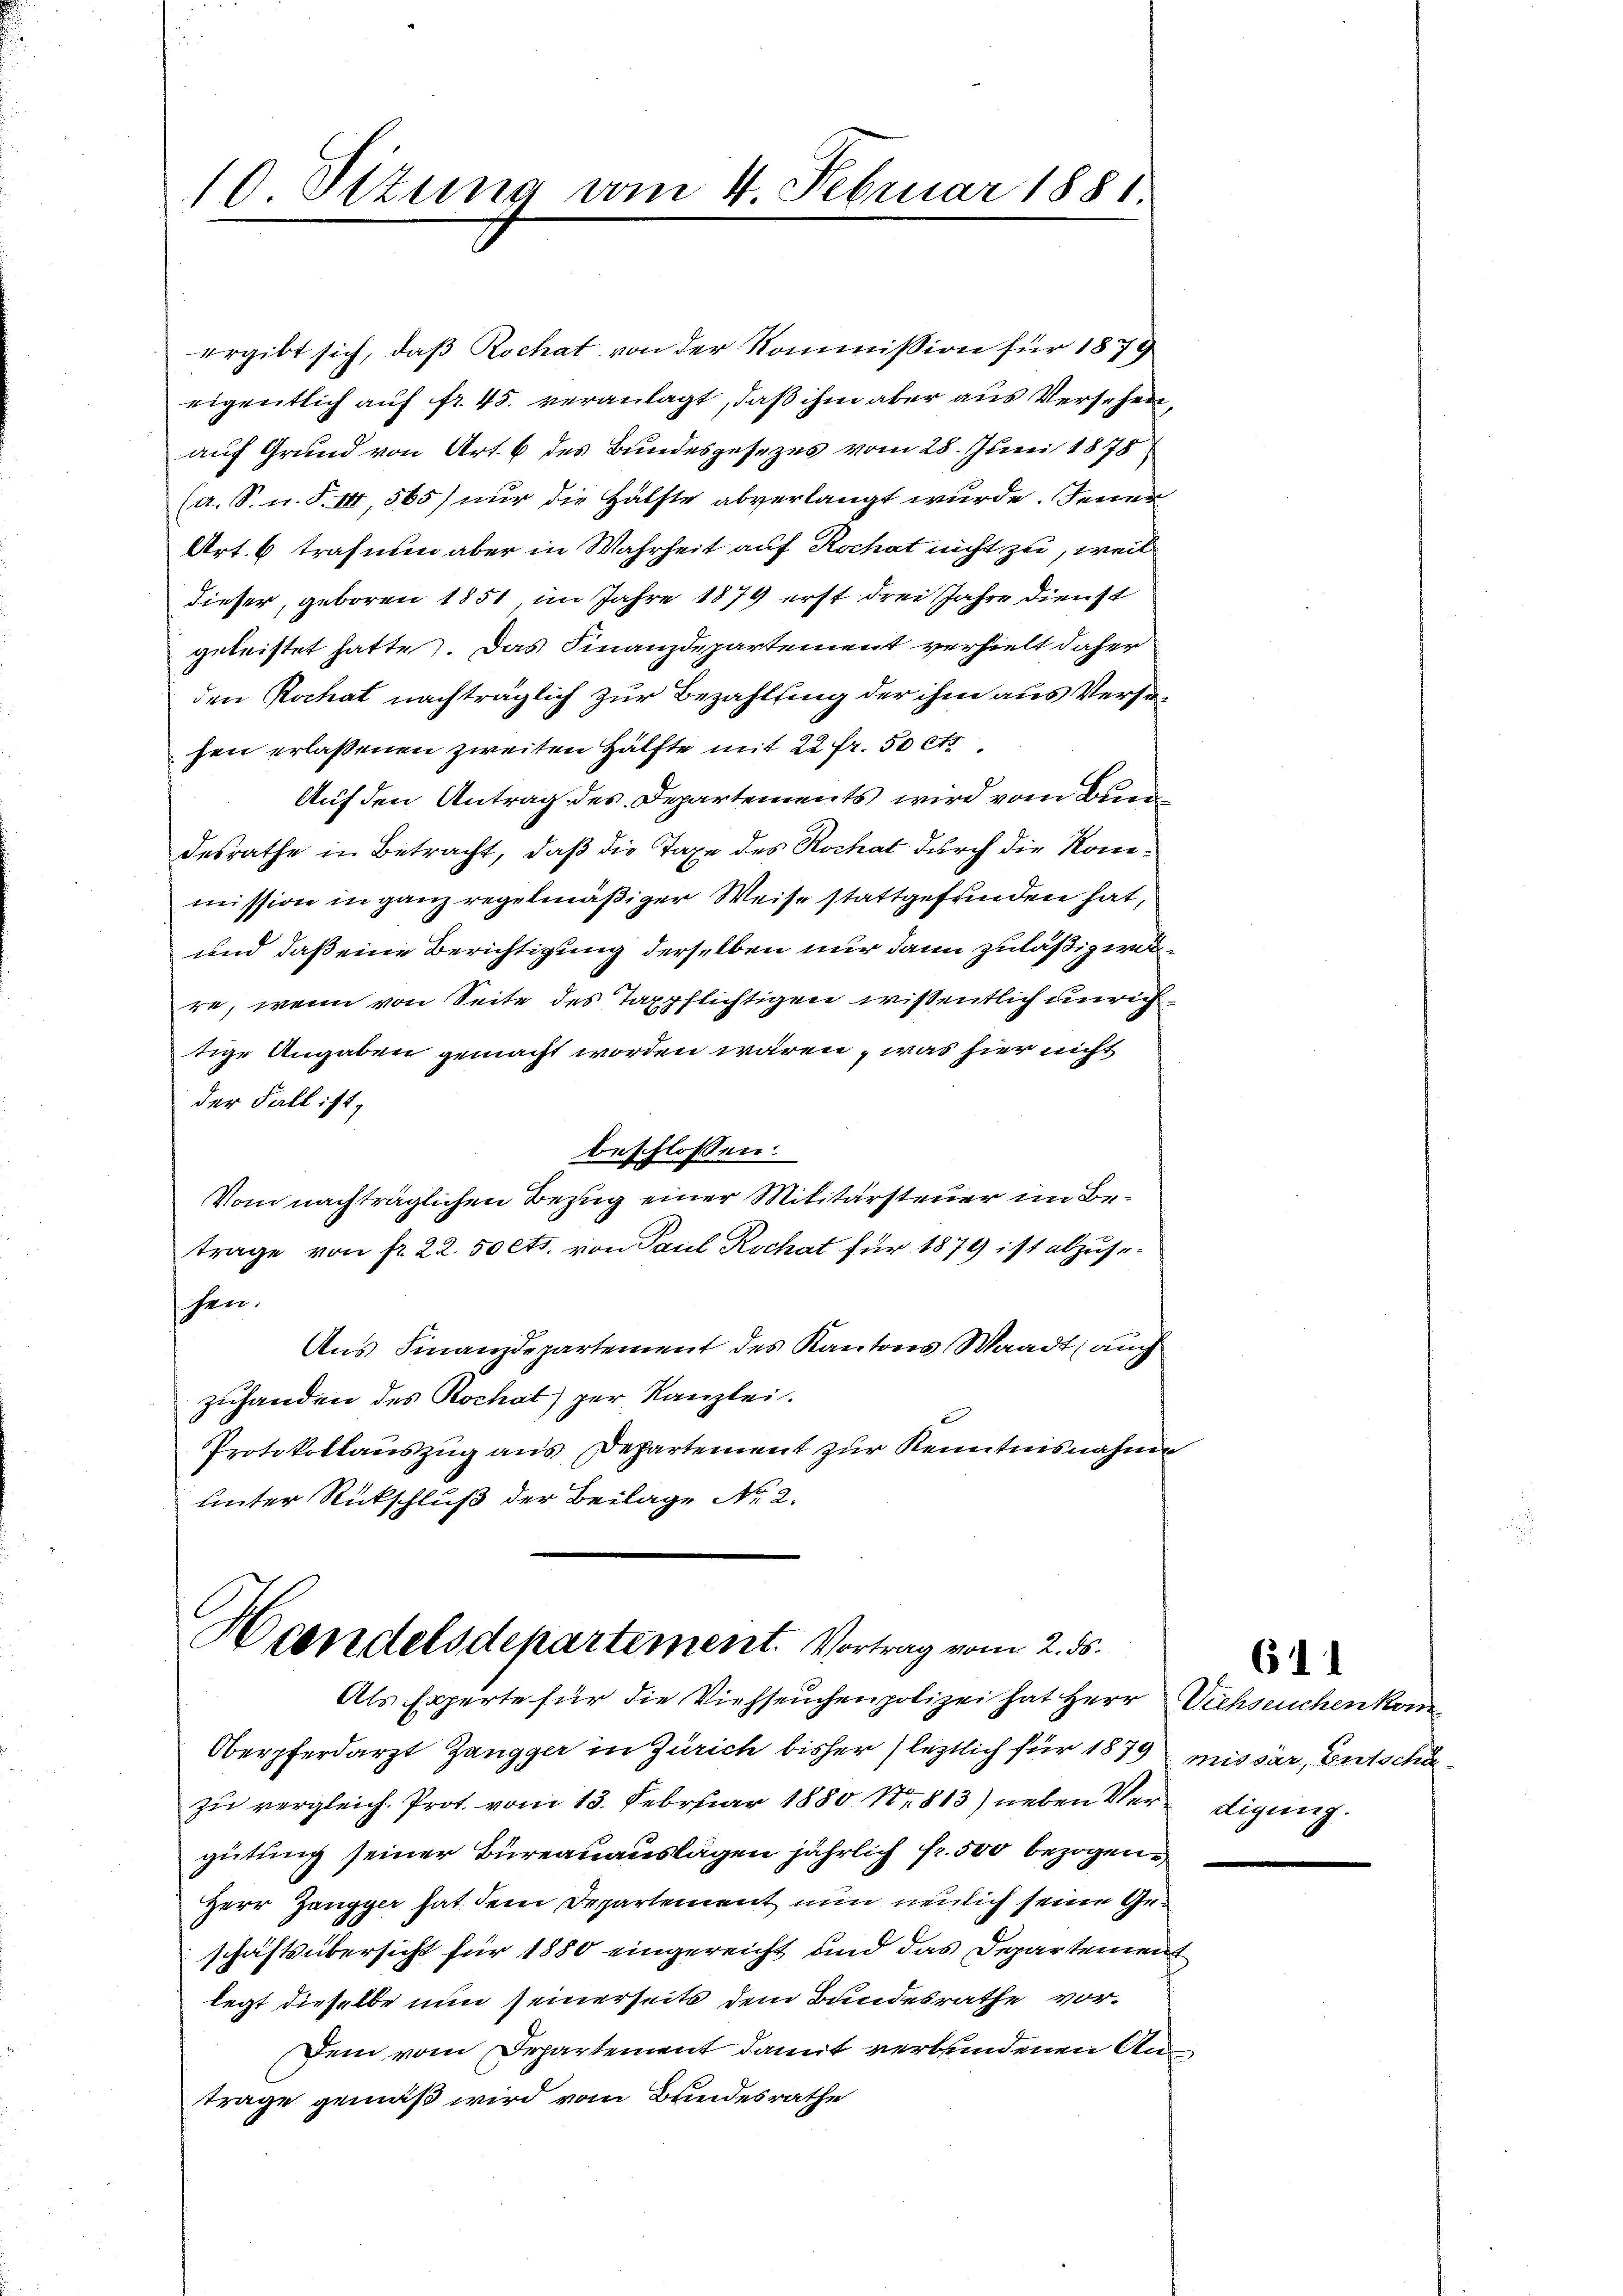
10 Sizung vom 4. Februar 1881.

ergibt sich, daß Rochat von der Kommission für 1879
eigentlich auf fr. 45. veranlagt, daß ihm aber aus Versehen,
auf Grund von Art. 6 des Bundesgesezes vom 28. Juni 1878
(a. S. n. F. III, 565) nur die Hälfte abverlangt wurde. Jener
Art. 6 trafnum aber in Wahrheit auf Rochat nicht zu, weil
dieser, geboren 1851, im Jahre 1879 erst drei Jahre dienst
geleistet hatte. Das Finanzdepartement verhielt daher
den Kochat nachträglich zur Bezahlung der ihm aus Versuhen erlassenen zweiten Hälfte mit 22 fr. 50 Cts
Auf den Antrag des Departements wird vom Bundesrathe in Betracht, daß die Taxe des Rochat durch die Konmission in ganz regelmäßiger Weise stattgefunden hat,
und daß eine Berichtigung derselben nur dann zuläßig werre, wenn von Seite des Taxpflichtigen wissentlich unrich
tige Angaben gemacht worden wären, was hier nicht
der Fall ist,
beschlossen:
Vom nachträglichen Bezug einer Militärsteuer im Betrage von fr. 22. 50 cts. von Paul Kochat für 1879 ist abzuseschen.
Ans Finanzdepartement des Kantons Waadt, auch
zuhanden des Rochat) per Kanzlei.
Protokollauszug aus Departement zur Kenntnisnahme
unter Rückschluß der Beilage No. 2.

Handelsdepartement. Vortrag vom 2. ds.
Als Experte für die Viehseuchenpolizei hat Herr Viehseuchenkom

Oberpferdarzt Zangger in Zürich bisher letztlich für 1879 missar, Entschäzu vergleich. Prot. vom 13. Februar 1880 Nr. 813) neben Verdigung.
gütung seiner Bureauauslagen jährlich fr. 500 bezogen,
Herr Zangger hat dem Departement nun neulich seine Geschäftsübersicht für 1880 eingereicht und das Departement
legt dieselbe nun seinerseits dem Bundesrathe vor¬
Dem vom Departement damit verbundenen Antrage gemäß wird vom Bundesrathe

611